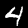
Digit: 4